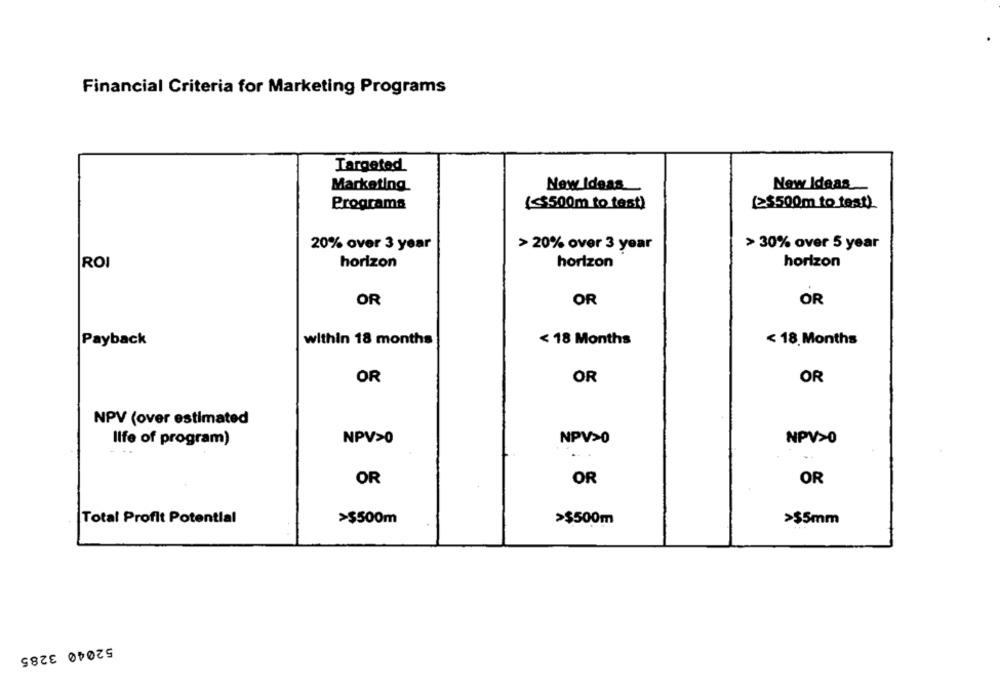
Financial Criteria for Marketing Programs
Targeted
Marketing
New Ideas
New Ideas
Programs
(<$500m to test)
(>$500m to test)
20% over 3 year
> 20% over 3 year
> 30% over 5 year
ROI
horizon
horizon
horizon
OR
OR
OR
Payback
within 18 months
< 18 Months
< 18 Months
OR
OR
OR
NPV (over estimated
Ilfe of program)
NPV>0
NPV>0
NPV20
OR
OR
OR
Total Profit Potential
>$500m
>$500m
>$5mm
52040 3285